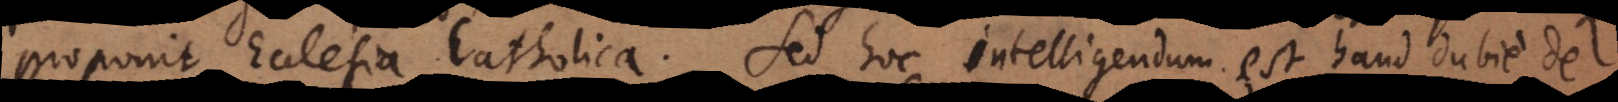
proponit Ecclesia Catholica. Sed hoc intelligendum est haud dubie de